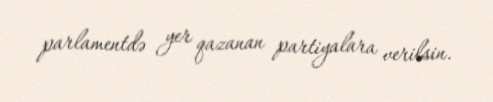
parlamentdə yer qazanan partiyalara verilsin.